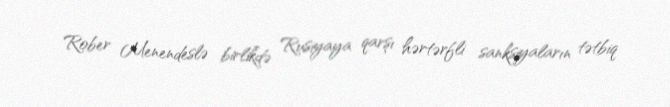
Rober Menendeslə birlikdə Rusiyaya qarşı hərtərfli sanksiyaların tətbiq